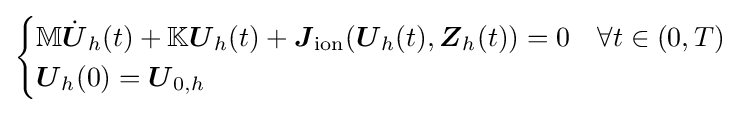
{\begin{cases}\mathbb {M} {\dot {\boldsymbol {U}}}_{h}(t)+\mathbb {K} {\boldsymbol {U}}_{h}(t)+{\boldsymbol {J}}_{\text{ion}}({\boldsymbol {U}}_{h}(t),{\boldsymbol {Z}}_{h}(t))=0&\forall t\in (0,T)\\{\boldsymbol {U}}_{h}(0)={\boldsymbol {U}}_{0,h}\end{cases}}